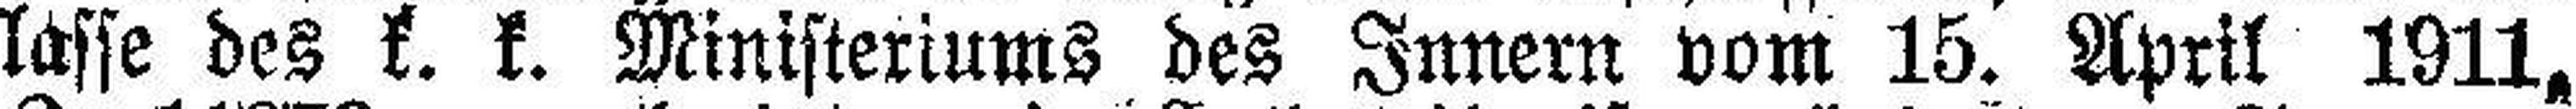
lässe des k. k. Ministeriums des Innern vom 15. April 1911,